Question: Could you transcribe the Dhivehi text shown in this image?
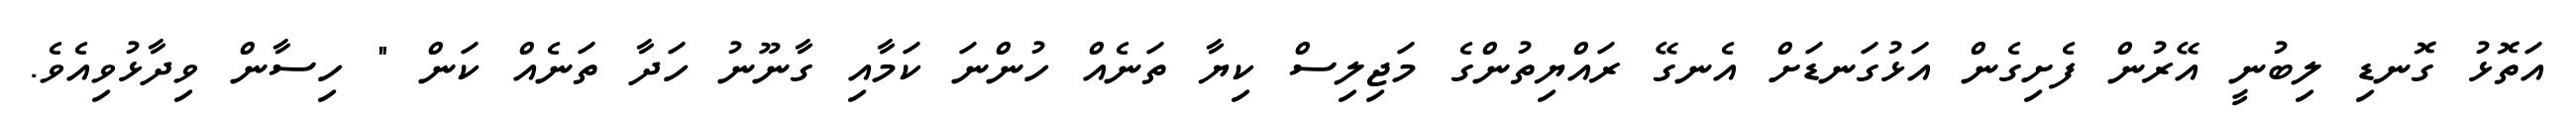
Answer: އަތޮޅު ގޮނޑި ލިބުނީ އޭރުން ފެށިގެން އަޅުގަނޑަށް އެނގޭ ރައްޔިތުންގެ މަޖިލިސް ކިޔާ ތަނެއް ހުންނަ ކަމާއި ގާނޫނު ހަދާ ތަނެއް ކަން " ހިސާން ވިދާޅުވިއެވެ.